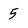
Character: 5